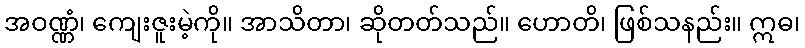
အဝဏ္ဏံ၊ ကျေးဇူးမဲ့ကို။ အာသိတာ၊ ဆိုတတ်သည်။ ဟောတိ၊ ဖြစ်သနည်း။ ဣဓ၊